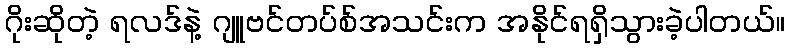
ဂိုးဆိုတဲ့ ရလဒ်နဲ့ ဂျူဗင်တပ်စ်အသင်းက အနိုင်ရရှိသွားခဲ့ပါတယ်။